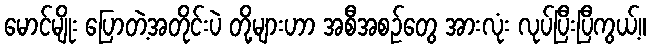
မောင်မျိုး ပြောတဲ့အတိုင်းပဲ တို့များဟာ အစီအစဉ်တွေ အားလုံး လုပ်ပြီးပြီကွယ့်။